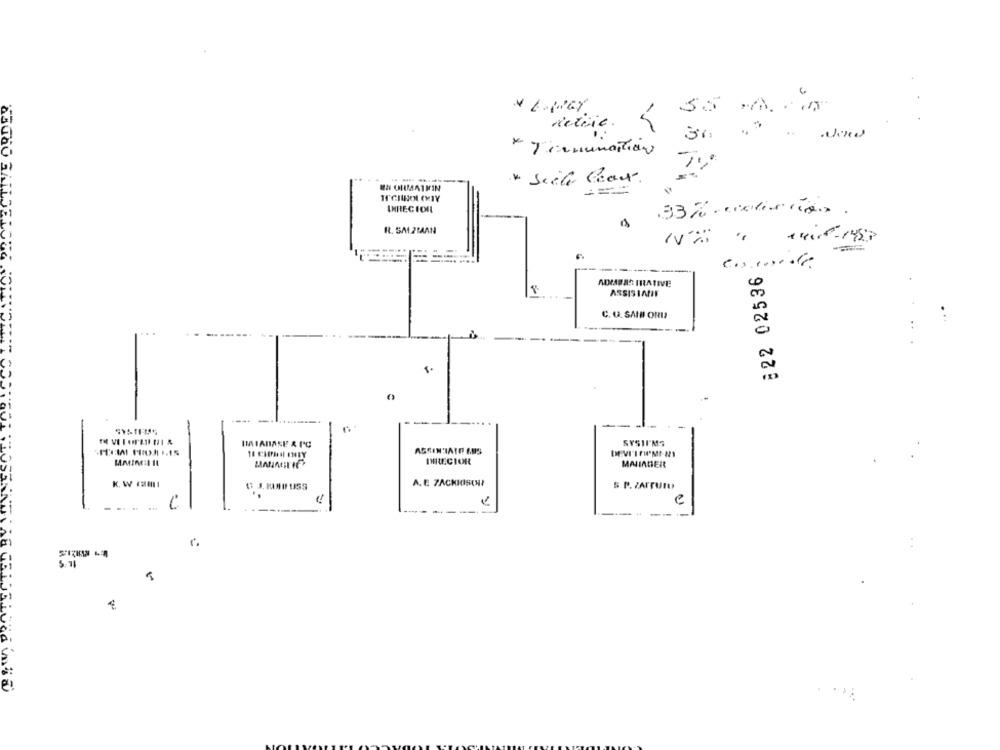
ORDER
retire .
36
* Tienunation
----
EN OHMATMIN
IHRECION
33%. colis .
Rt. SA1 2BAAN
14110-1458
------
822 02536
MINIBAS TRATIVE
ASSISINIE
C. G. SANDI ORI
IMIABASE & IC
SYSTI'MS
ASSINIALE AUS
IHRECIOR
MARIAGER
K. W ( !!!
O J. HAU USS
A. E ZACKIUSCHI
S P. ZAPFUIO
e
5.11